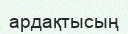
ардақтысың